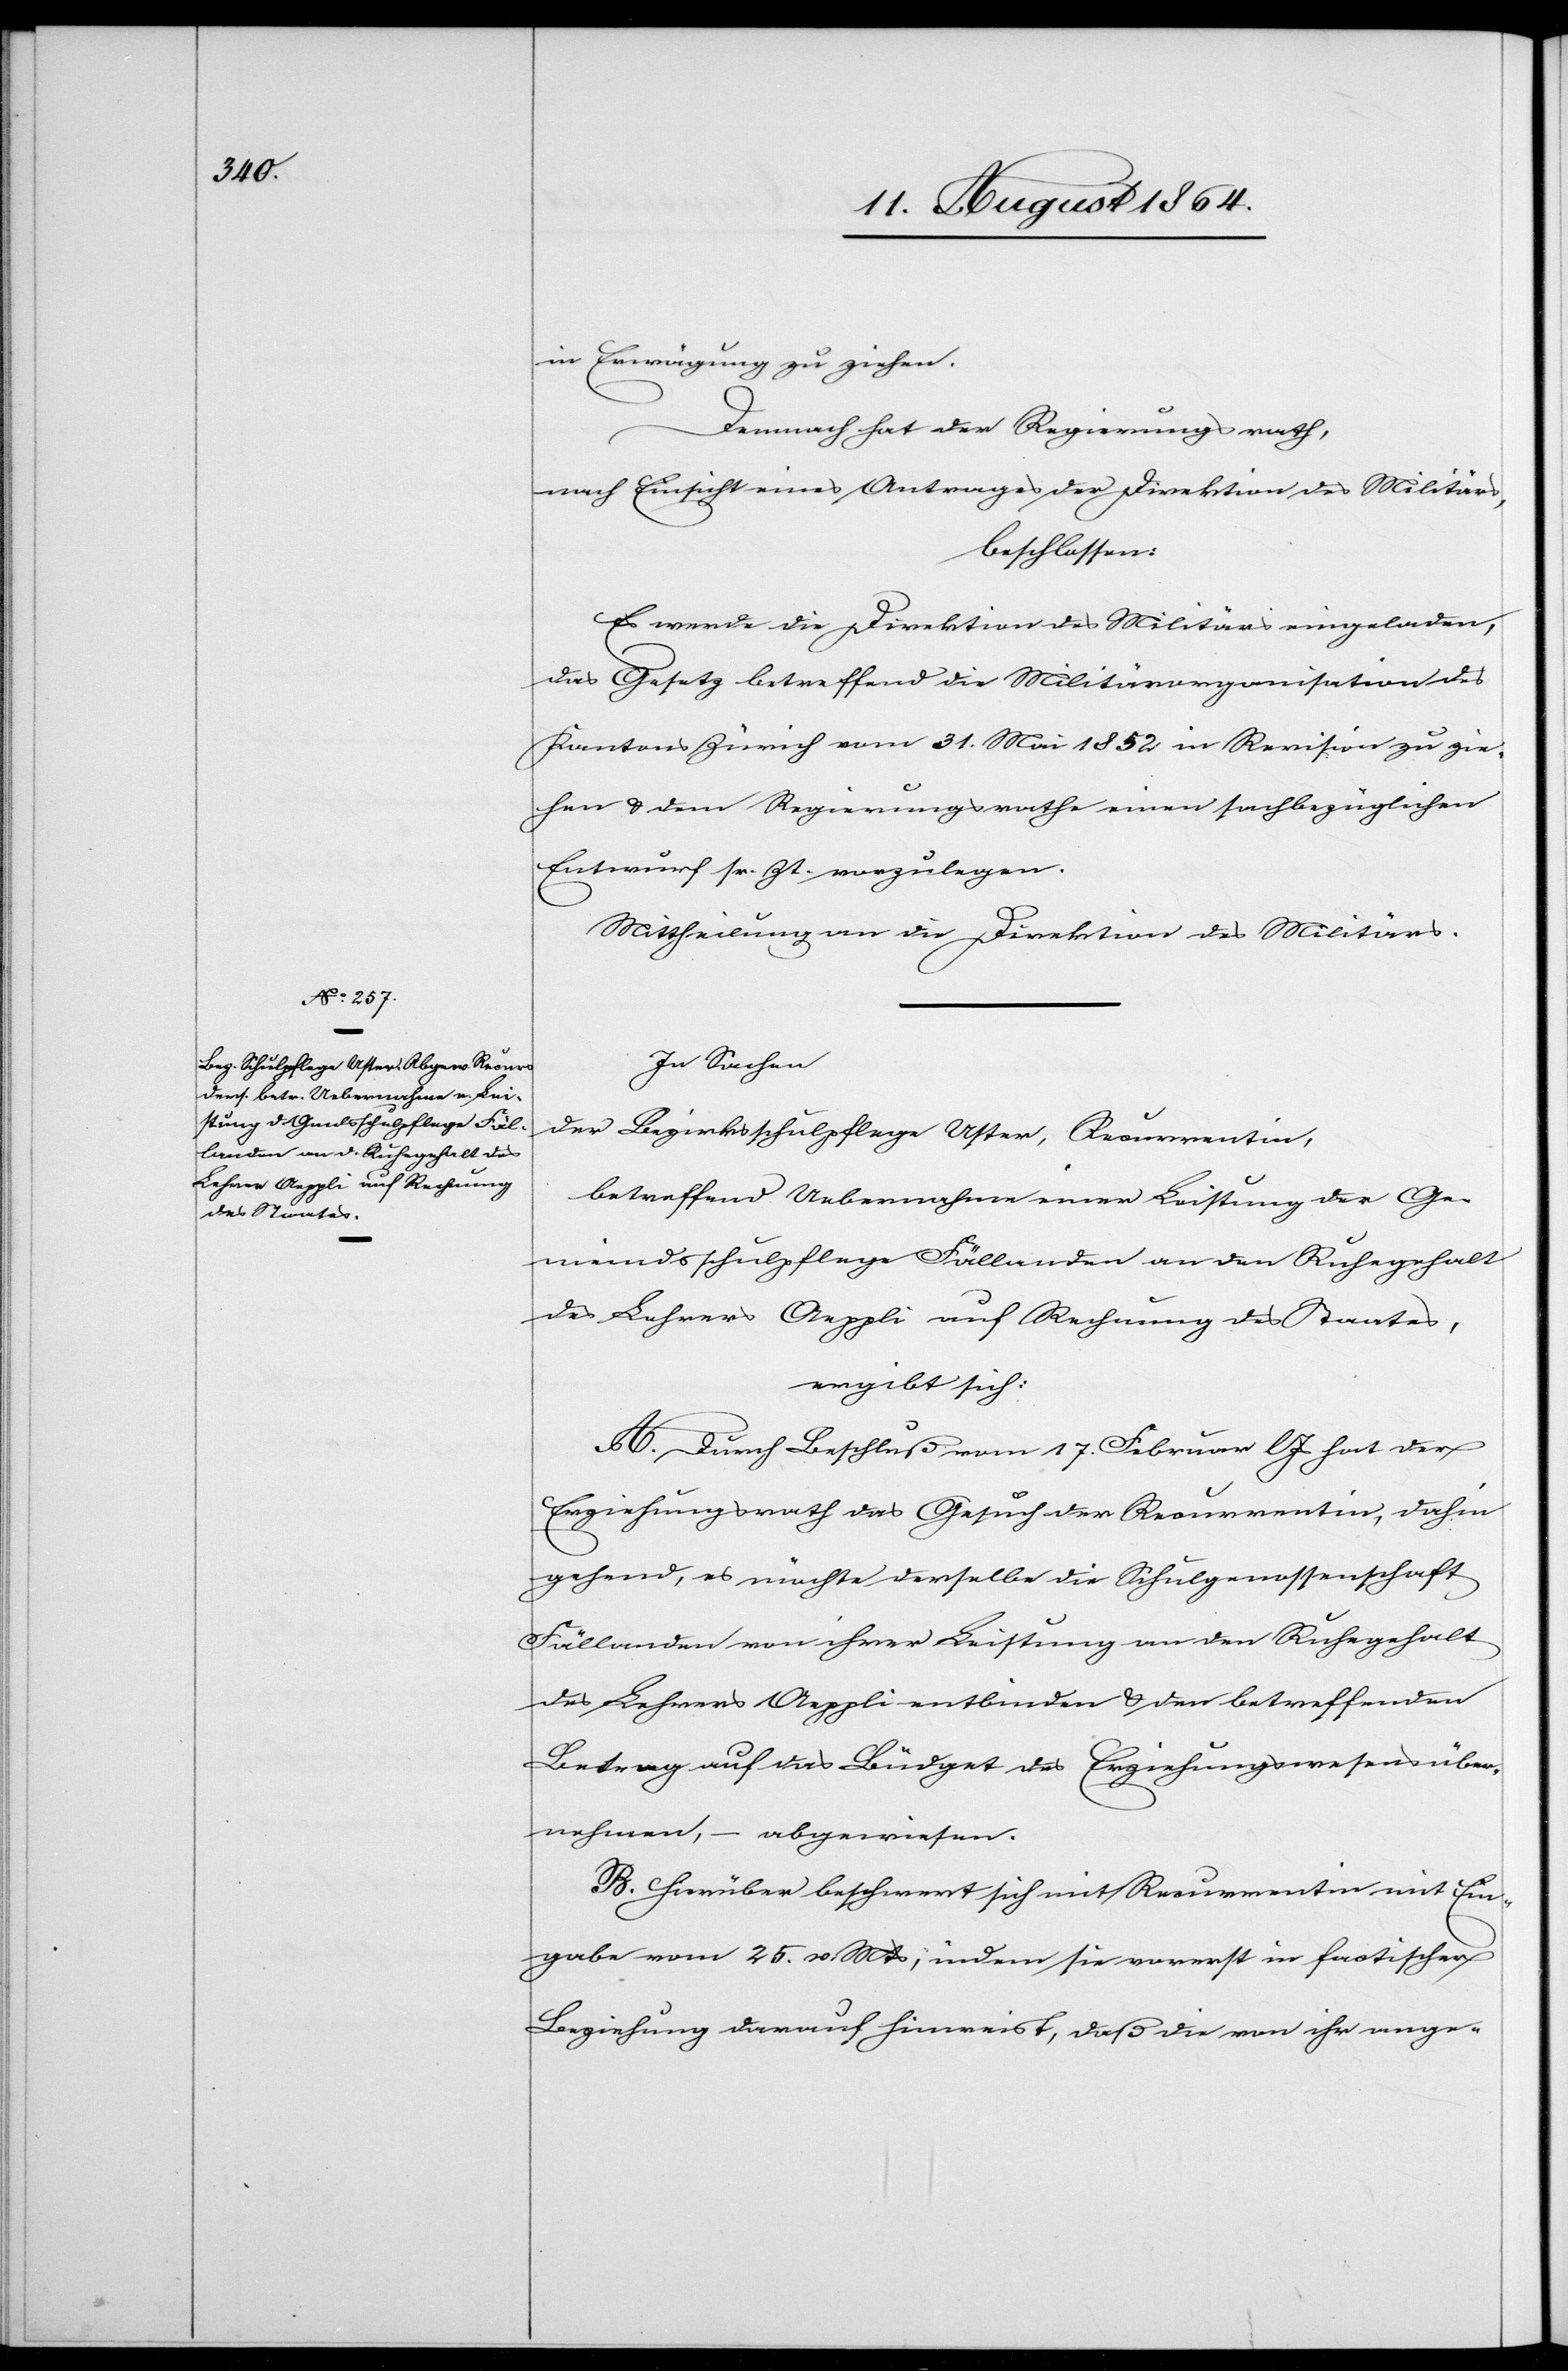
in Erwägung zu ziehen.
Demnach hat der Regierungsrath,
nach Einsicht eines Antrages der Direktion des Militärs,
beschlossen:
Es werde die Direktion des Militärs eingeladen,
das Gesetz betreffend die Militärorganisation des
Kantons Zürich vom 31 Mail 1852 in Revision zu zie¬
hen & dem Regierungsrathe einen sachbezüglichen
Entwurf sr. Zt. vorzulegen.
Mittheilung an die Direktion des Militärs.
In Sachen
der Bezirksschulpflege Uster, Recurrentin,
betreffend Uebernahme einer Leistung der Ge¬
meindsschulpflege Fällanden an den Ruhegehalt
des Lehrers Aeppli auf Rechnung des Staates,
ergibt sich:
A. Durch Beschluß vom 17. Februar l. Js. hat der
Erziehungsrath das Gesuch der Recurrentin, dahin
gehend, es möchte derselbe die Schulgenossenschaft
Fällanden von ihrer Leistung an den Ruhegehalt
des Lehrers Aeppli entbinden & den betreffenden
Betrag auf das Büdget des Erziehungswesens über¬
nehmen, – abgewiesen.
B. Hierüber beschwert sich mit [sic!] Recurrentin mit Ein¬
gabe vom 25. v. Mts., indem sie vorerst in factischer
Beziehung darauf hinweist, daß die von ihr ange-